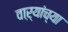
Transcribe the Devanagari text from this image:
वाऱ्यांच्या